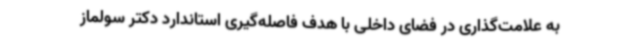
به علامت‌گذاری در فضای داخلی با هدف فاصله‌گیری استاندارد دکتر سولماز